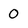
Character: 0